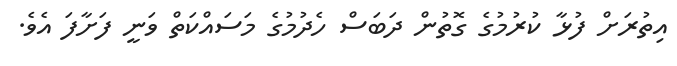
އިތުރަށް ފުޅާ ކުރުމުގެ ގޮތުން ދަބަސް ހެދުމުގެ މަސައްކަތް ވަނީ ފަށާފަ އެވެ.